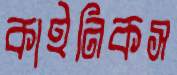
কাইনিকস